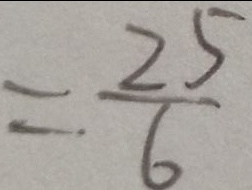
= \frac { 2 5 } { 6 }